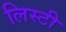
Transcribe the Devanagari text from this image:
लिस्टी